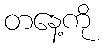
တနေ့ကို